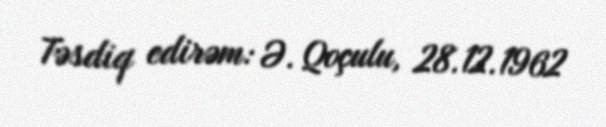
Təsdiq edirəm: Ə. Qoçulu, 28.12.1962